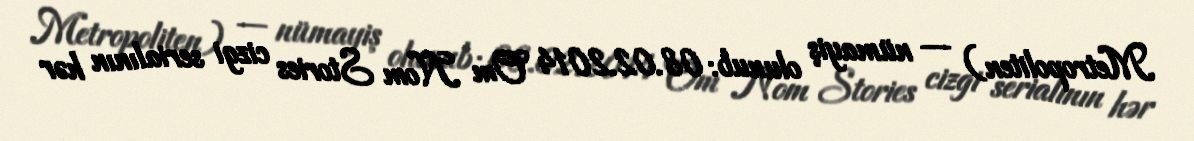
Metropoliten) — nümayiş olunub: 08.02.2014 Om Nom Stories cizgi serialının hər